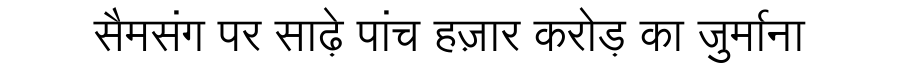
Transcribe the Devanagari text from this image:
सैमसंग पर साढ़े पांच हज़ार करोड़ का जुर्माना